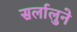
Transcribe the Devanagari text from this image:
सर्लालुने